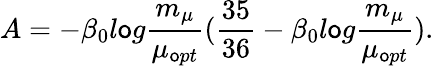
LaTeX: A=-\beta_{0}l\mathsf{o}g\frac{{m_{\mu}}}{{\mu_{\mathsf{o}pt}}}(\frac{{35}}{{36}}-\beta_{0}l\mathsf{o}g\frac{{m_{\mu}}}{{\mu_{\mathsf{o}pt}}}).